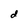
Character: d